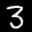
Label: 3